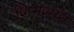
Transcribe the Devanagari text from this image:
शिमशॉन